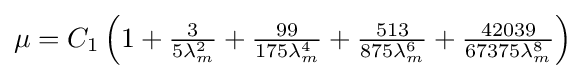
\mu =C_{1}\left(1+{\tfrac {3}{5\lambda _{m}^{2}}}+{\tfrac {99}{175\lambda _{m}^{4}}}+{\tfrac {513}{875\lambda _{m}^{6}}}+{\tfrac {42039}{67375\lambda _{m}^{8}}}\right)